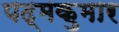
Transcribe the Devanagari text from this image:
पद्मकुमार